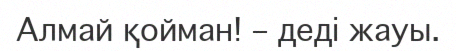
Алмай қойман! – деді жауы.